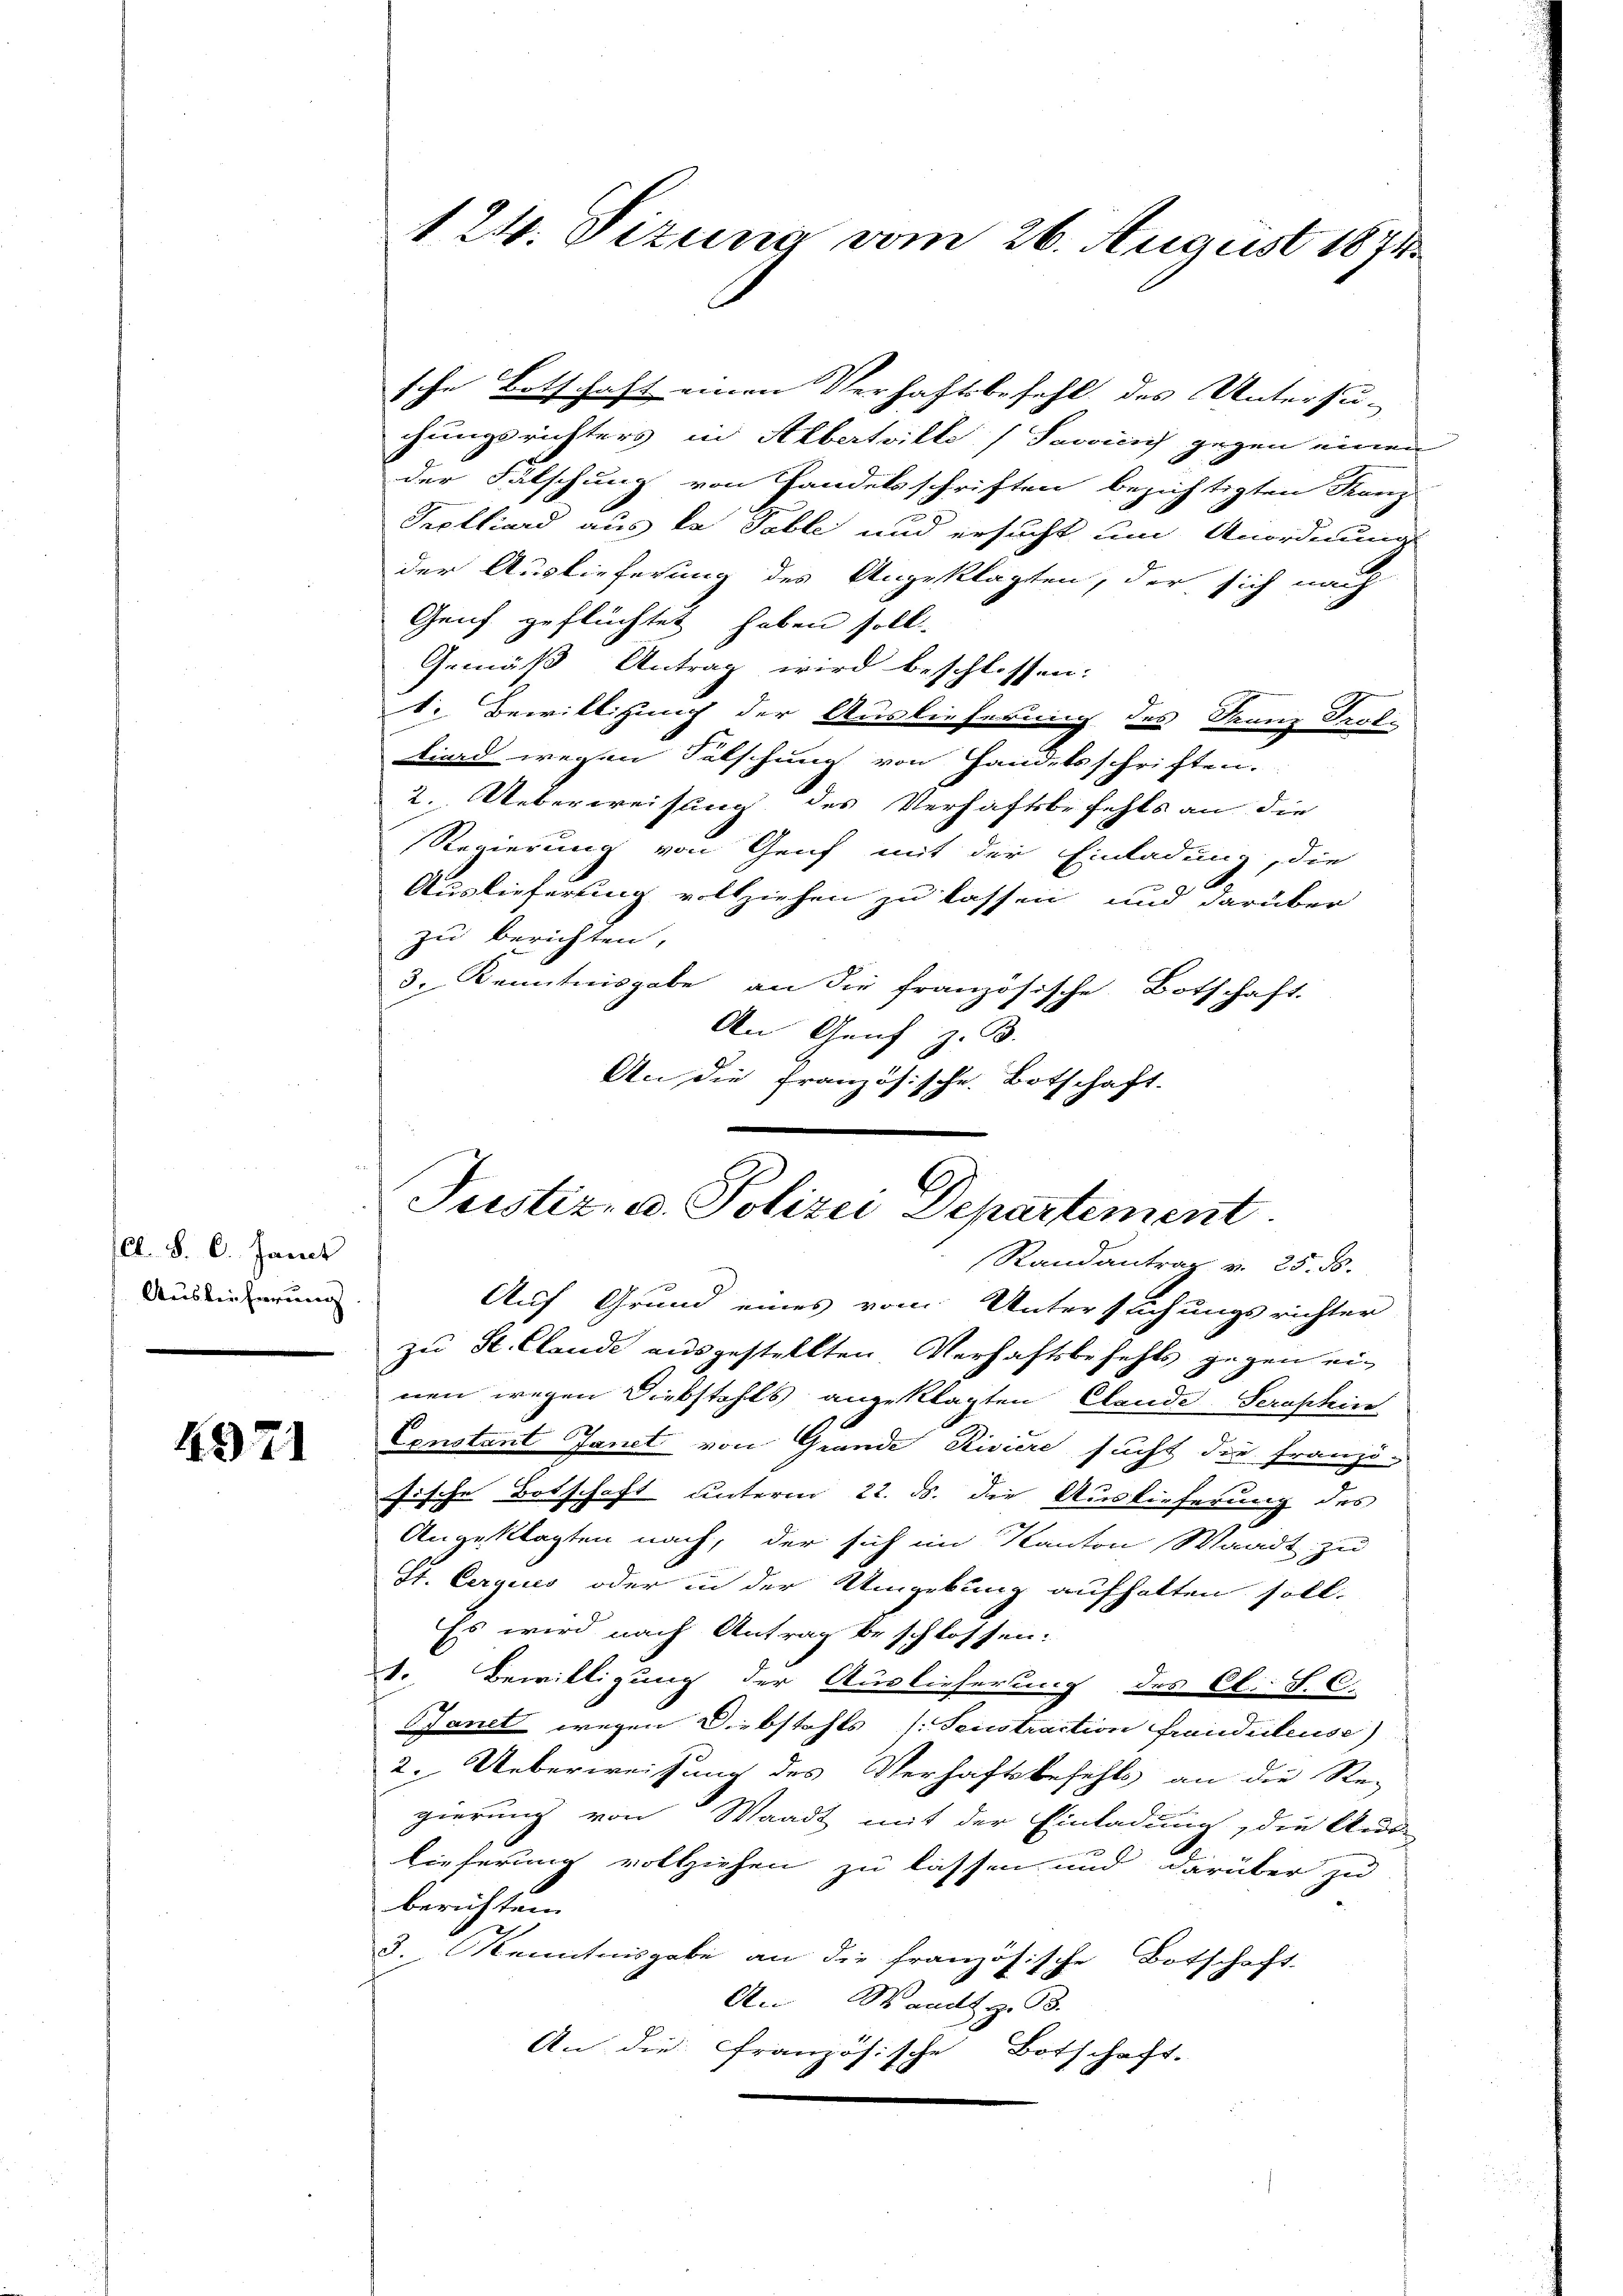
el. S. 6. Janit
Auslieferung

4971

sche Botschaft einen Verhaftsbefehl des Untersu-
chungsrichters in Albertille Pavicich gegen einen
der Fälschung von Handelsschriften bezichtigten Kanz
Prelliard aus la Table und ersucht um Anordnung
der Auslieferung des Angeklagten, der sich nach
Genf geflüchtet haben soll.
Gemäß Antrag wird beschlossen:
3
1. Bewilligung der Auslieferung des Franz Prot.
liard wegen Fälschung von Handelsschriften.
2. Ueberweisung des Verhaftsbefehls an die
Regierung von Genf mit der Einladung, die
B
Auslieferung vollziehen zu lassen und darüber
zu berichten,
3. Kenntnisgabe an die französische Botschaft.
An Genf z. B.
An die Französische Botschaft.

124. Sizung vom 26. August 1874.

Justiz- u. Polizei Departement.
Randantrag v. 25. ds.
Auf Grund eines vom Untersuchungsrichter

zu St. Claude ausgestellten Verhaftsbefehls gegen einen wegen Diebstahls angeklagten Elende Seraphin
Constant Janet von Grande Risure sucht die Franzi-
sische Botschaft unterm 22. ds. die Auslieferung des
Angeklagten nach, der sich im Kanton Waadt zu
St. Cergius oder in der Umgebung aufhalten soll.
Es wird nach Antrag beschlossen.
1. Bewilligung der Auslieferung des C. S. C.
Sanct wegen Diebstahls (Sonstraction fraiiiileuse)
2. Ueberweisung des Verhaftsbefehls an die Re-
gierung von Waadt mit der Einladung, die Aus-
lieferung vollziehen zu lassen und darüber zu
berichten.
3. Kenntnisgabe an die französische Botschaft.
An Waadt z. 93.
An die Französische Botschaft.